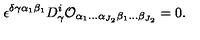
\epsilon ^ { \delta \gamma \alpha _ { 1 } \beta _ { 1 } } D _ { \gamma } ^ { i } { \cal O } _ { \alpha _ { 1 } \ldots \alpha _ { J _ { 2 } } \beta _ { 1 } \ldots \beta _ { J _ { 2 } } } = 0 .